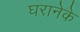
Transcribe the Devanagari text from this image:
घरानेके